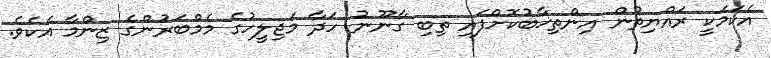
އެކަމަކީ ރައްޔިތުން އިންތިޚާބުކޮށްފައި ތިބި ގާނޫނު ހަދާ މަޖިލީހުގެ މެމްބަރުންގެ ޒިންމާ އެކެވެ.